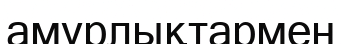
амурлықтармен